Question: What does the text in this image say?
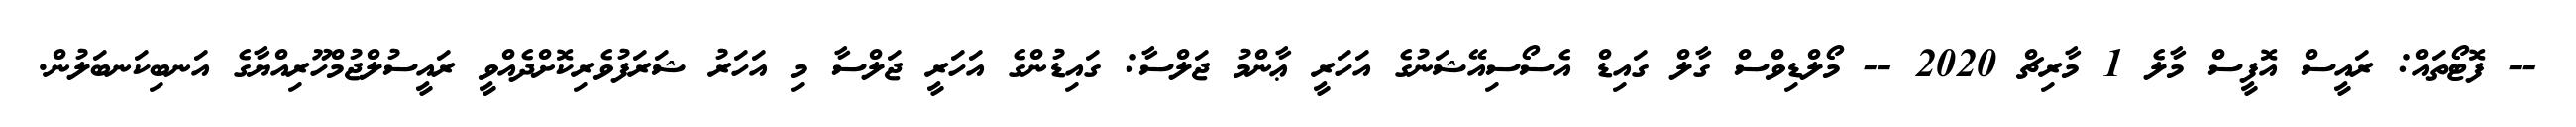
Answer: -- ފޮޓޯތައް: ރައީސް އޮފީސް މާލެ 1 މާރިޗް 2020 -- މޯލްޑިވްސް ގާލް ގައިޑް އެސޯސިއޭޝަނުގެ އަހަރީ ޢާންމު ޖަލްސާ: ގައިޑުންގެ އަހަރީ ޖަލްސާ މި އަހަރު ޝަރަފުވެރިކޮށްދެއްވީ ރައީސުލްޖުމްހޫރިއްޔާގެ އަނބިކަނބަލުން.